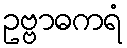
ဥဗ္ဗာဓကရံ